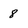
Character: 8